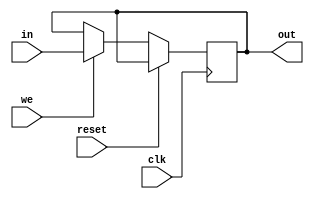
// Code your design here

module lab33(in,we,clk,out,reset);
  input clk,in,we,reset;
  output reg out;
  
  
  assign d = we ? in : out;
  always @ (posedge clk) 
    begin 
      if(~reset)
      out <= d;
    end 
  
endmodule